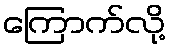
ကြောက်လို့